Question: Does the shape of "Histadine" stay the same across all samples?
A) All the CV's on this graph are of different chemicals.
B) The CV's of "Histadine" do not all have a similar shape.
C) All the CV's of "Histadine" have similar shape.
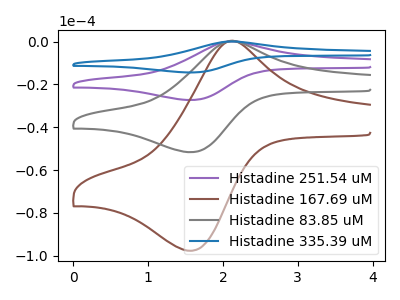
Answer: <think>The purple curve "Histadine 251.54 uM" has an anodic peak at (2.05V, 0.10uA) and a cathodic peak at (1.60V, -103.25uA). The brown curve "Histadine 167.69 uM" has an anodic peak at (2.05V, 0.10uA) and a cathodic peak at (1.60V, -97.65uA). The gray curve "Histadine 83.85 uM" has an anodic peak at (2.05V, 0.05uA) and a cathodic peak at (1.60V, -51.65uA). The blue curve "Histadine 335.39 uM" has an anodic peak at (2.05V, 0.20uA) and a cathodic peak at (1.60V, -154.90uA).
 All the peaks in "Histadine 251.54 uM" have a peak in "Histadine 167.69 uM" at the same potential. Every peak in "Histadine 251.54 uM" is higher than every peak in "Histadine 167.69 uM". All the peaks in "Histadine 251.54 uM" have a peak in "Histadine 83.85 uM" at the same potential. Every peak in "Histadine 251.54 uM" is higher than every peak in "Histadine 83.85 uM". All the peaks in "Histadine 251.54 uM" have a peak in "Histadine 335.39 uM" at the same potential. Every peak in "Histadine 251.54 uM" is lower than every peak in "Histadine 335.39 uM". All the peaks in "Histadine 167.69 uM" have a peak in "Histadine 83.85 uM" at the same potential. Every peak in "Histadine 167.69 uM" is higher than every peak in "Histadine 83.85 uM". All the peaks in "Histadine 167.69 uM" have a peak in "Histadine 335.39 uM" at the same potential. Every peak in "Histadine 167.69 uM" is lower than every peak in "Histadine 335.39 uM". All the peaks in "Histadine 83.85 uM" have a peak in "Histadine 335.39 uM" at the same potential. Every peak in "Histadine 83.85 uM" is lower than every peak in "Histadine 335.39 uM".</think>
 <answer>C) All the CV's of "Histadine" have similar shape.</answer>
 <eval>C</eval>